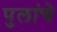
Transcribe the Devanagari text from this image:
पुलांचे